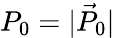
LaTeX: P_{0}=\vert\vec{P}_{0}\vert